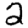
Digit: 2